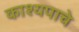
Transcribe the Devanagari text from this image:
काश्यपाचे